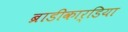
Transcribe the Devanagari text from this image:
ब्राडीकार्डिया